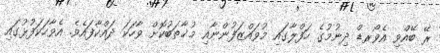
ރޭ ބޭއްވި އެވޯރޑް ދިނުމުގެ ހަފްލާގައި މުވައްޒަފުންނާއި މުޚާތަބުކޮށް ވާހަކަ ދައްކާފައެވެ. އެވާހަކަފުޅުގައި